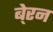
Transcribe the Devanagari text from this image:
बे्रन